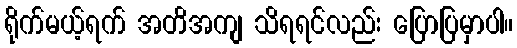
ရိုက်မယ့်ရက် အတိအကျ သိရရင်လည်း ပြောပြမှာပါ။